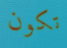
تكون